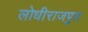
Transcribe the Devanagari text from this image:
लोधीराजपुत